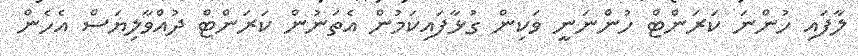
ލާފައި ހުންނަ ކަރަންޓް ހުންނަނީ ވަކިން ގުޅާފައިކަމުން އެތަނުން ކަރަންޓް ދުއްވާލިޔަސް އެހެން